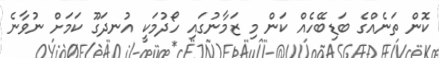
ކޮން ތަނެއްގެ ބަޑިބޭހެއް ކަން މި ޒަމާނުގައި ހޯދުމަކީ އުނދަގޫ ކަމަށް ނުވާނެ